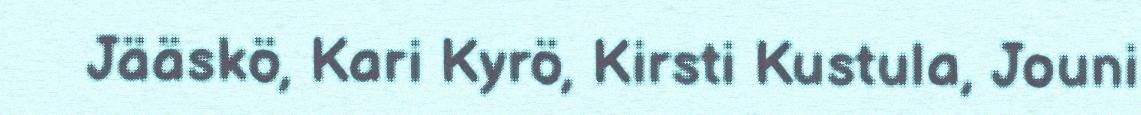
Jääskö, Kari Kyrö, Kirsti Kustula, Jouni